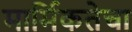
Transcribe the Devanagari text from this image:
मार्मिकतेचा